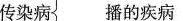
传染病播的疾病